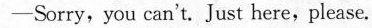
-Sorry,you can't.Just here,please.